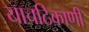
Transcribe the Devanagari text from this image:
याचठिकाणी